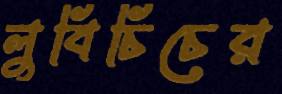
লুবিচিচের